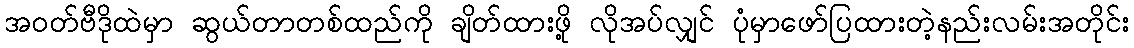
အဝတ်ဗီဒိုထဲမှာ ဆွယ်တာတစ်ထည်ကို ချိတ်ထားဖို့ လိုအပ်လျှင် ပုံမှာဖော်ပြထားတဲ့နည်းလမ်းအတိုင်း